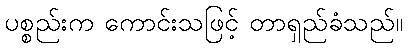
ပစ္စည်းက ကောင်းသဖြင့် တာရှည်ခံသည်။